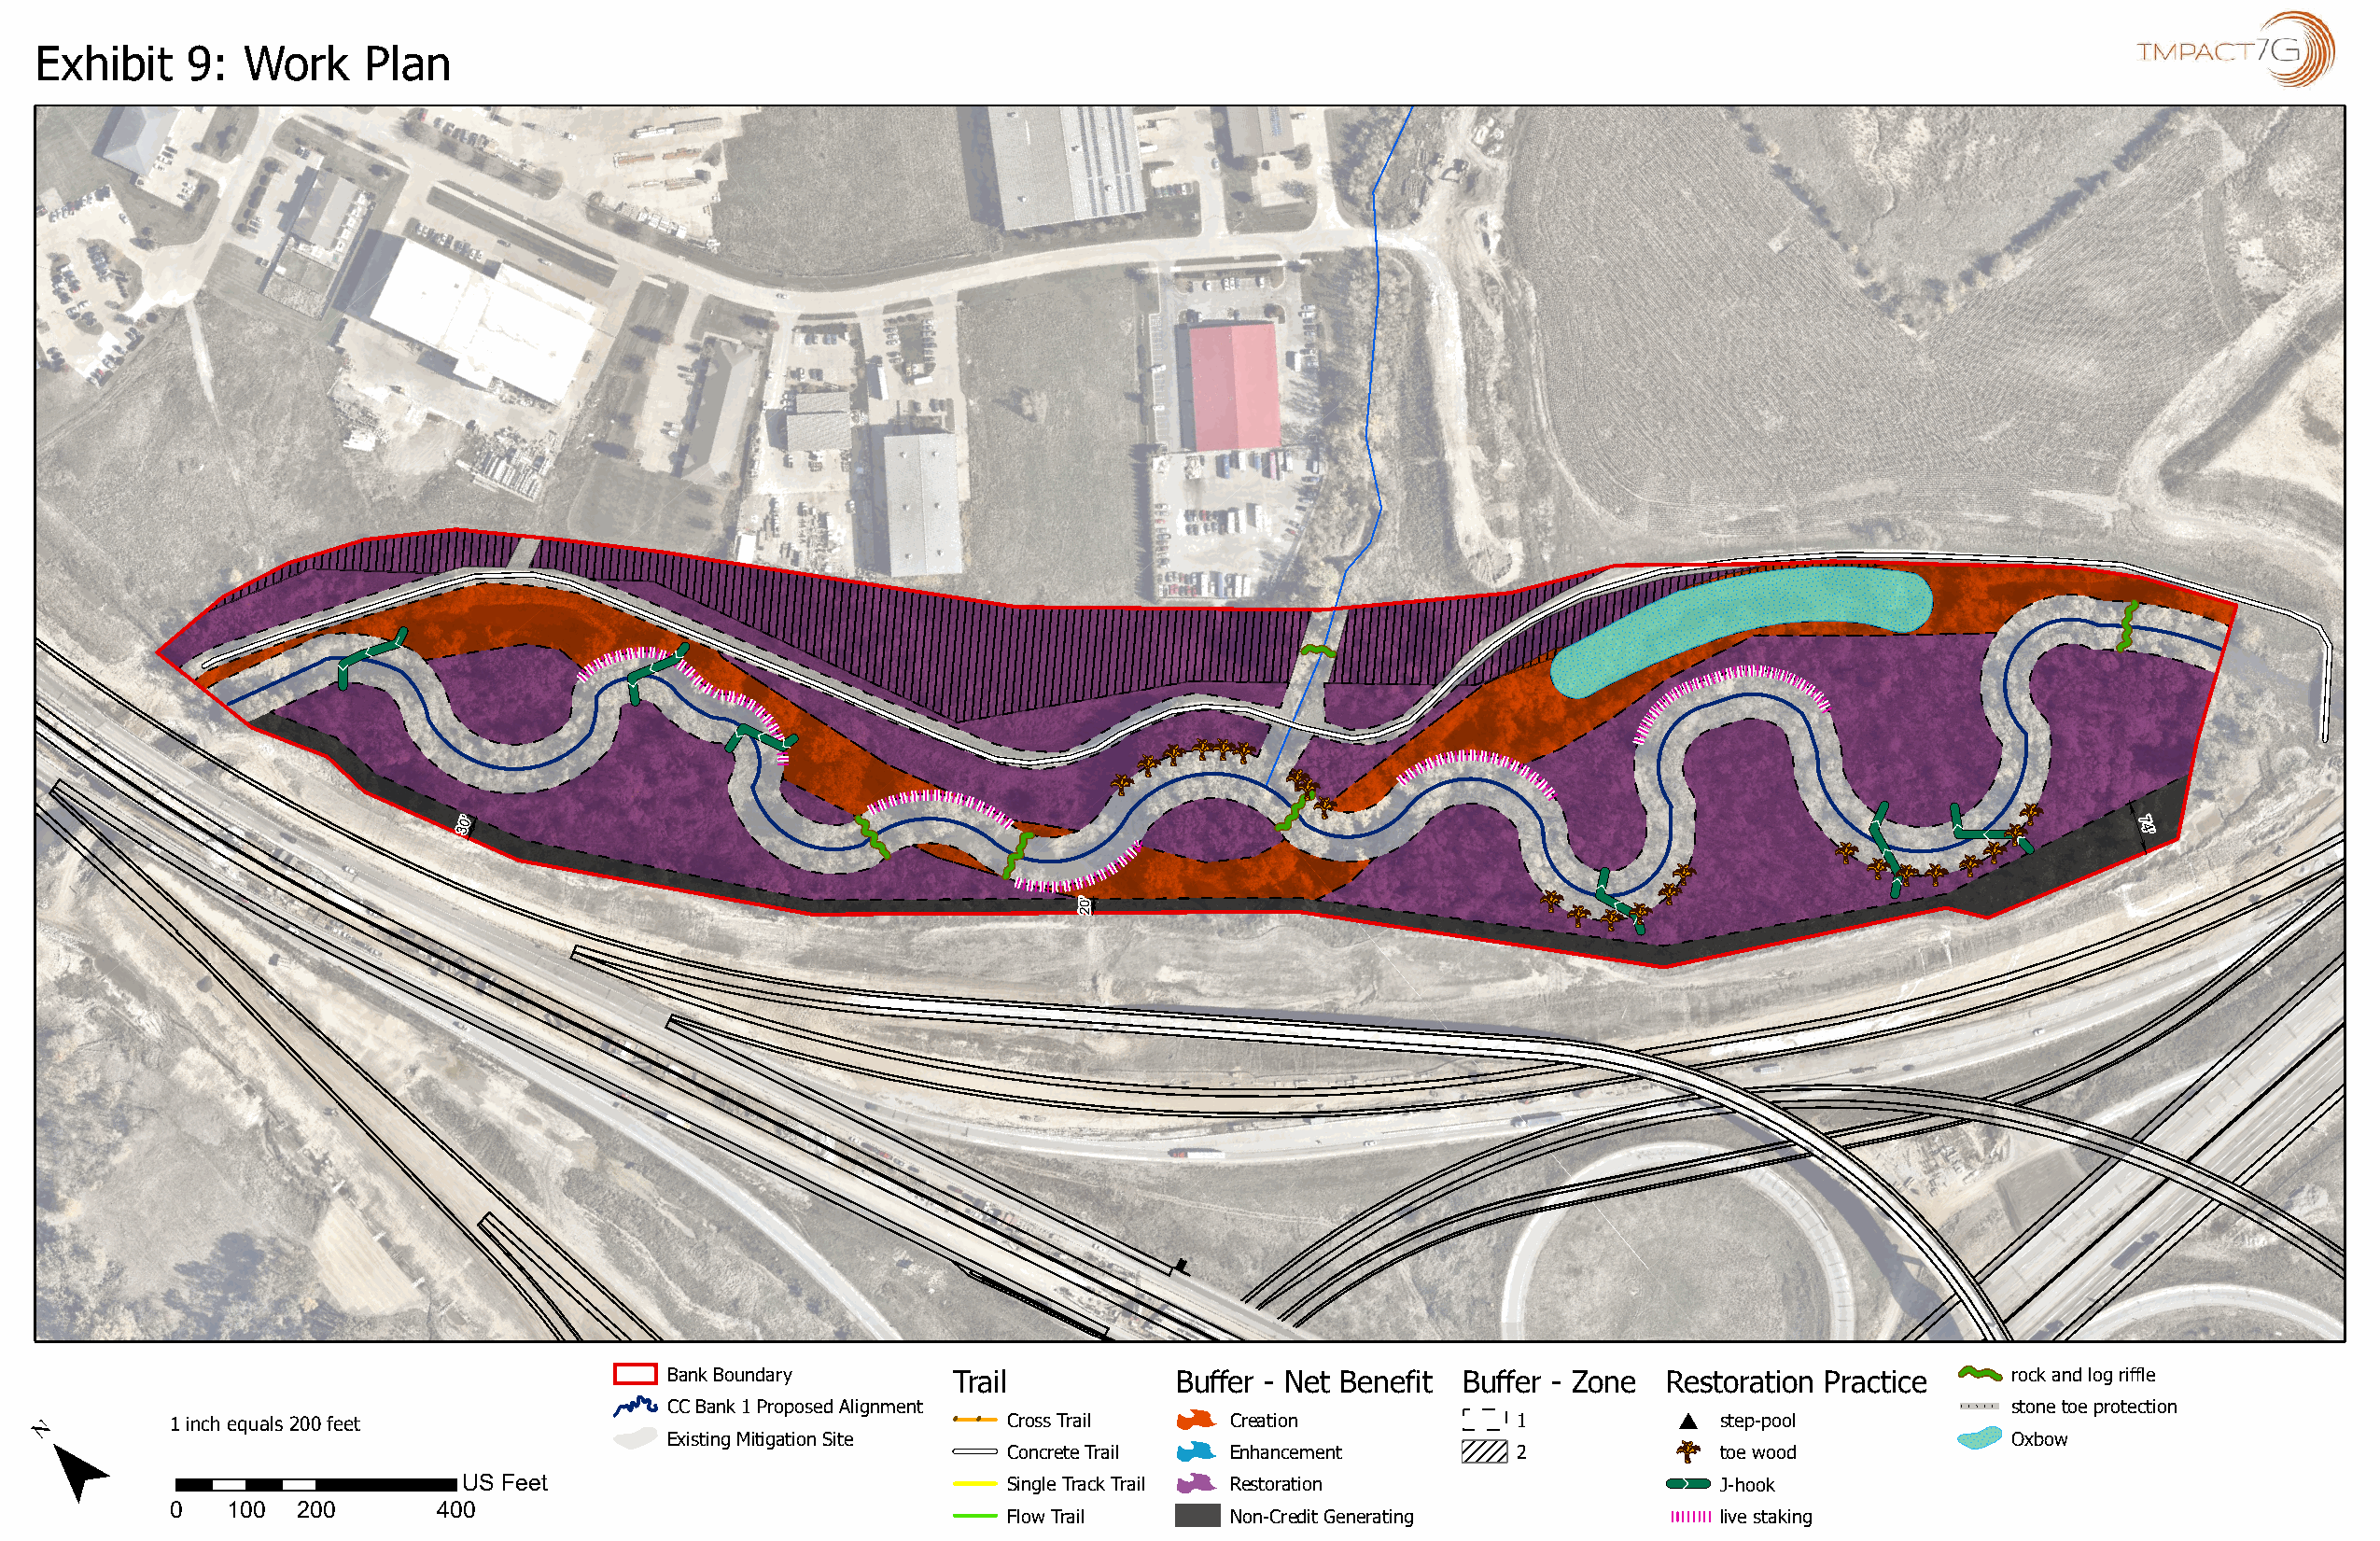
Exhibit    9:  Work     Plan                                                                                                                          IMPACT~
 &
 30'&
 &
 7
 4'
 &
 20'&&
 CJ  Bank Boundary        Trail          Buffer - Net Benefit Buffer - Zone Restoration Practice     rock and log riffle
 ---
 CC Bank 1 Proposed Alignment                                                                    stone toe protection
 1 inch equals 200 feet                                     Cross Trail --- Creation
 -r -
 -
 I
 1             step-pool
 Existing Mitigation Site                                                                        Oxbow
 =  Concrete Trail  Enhancement          2             toe wood
 ---
 US Feet                               Single Track Trail Restoration                 ~lllllla J-hook
 0   100  200       400                                     Flow Trail  1111 Non-Credit Generating          11111111 live staking